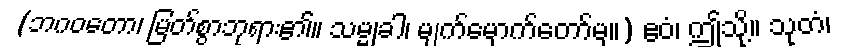
(ဘဂဝတော၊ မြတ်စွာဘုရား၏။ သမ္မုခါ၊ မျက်မှောက်တော်မှ။) ဧဝံ၊ ဤသို့။ သုတံ၊